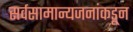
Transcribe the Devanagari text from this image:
सर्वसामान्यजनांकडून